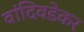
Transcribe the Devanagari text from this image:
वांदिवडेकर